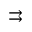
\rightrightarrows